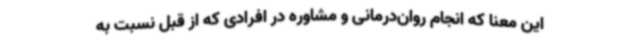
این معنا که انجام روان‌درمانی و مشاوره در افرادی که از قبل نسبت به